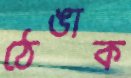
ঠেঙাক